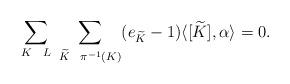
LaTeX: \begin{align*}\sum_{K \ \ L} \ \sum_{ \widetilde{K} \ \ \pi^{-1}(K)} (e_{\widetilde{K}}-1) \langle[\widetilde{K}], \alpha \rangle = 0.\end{align*}